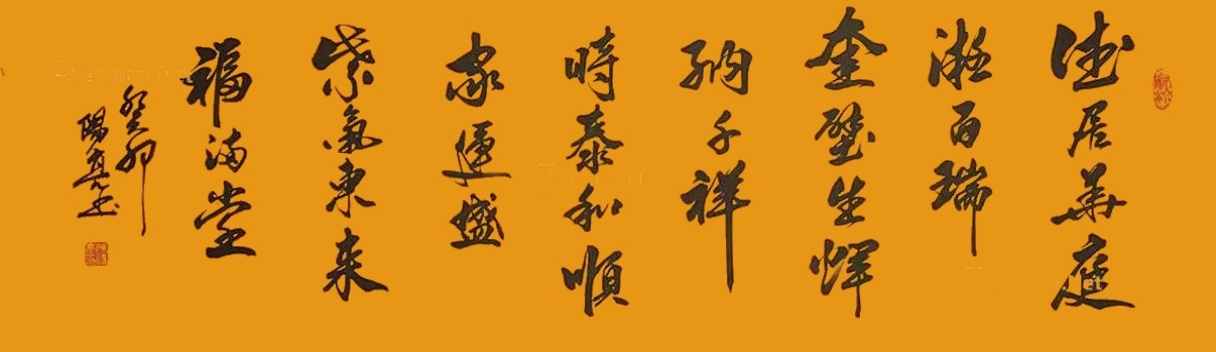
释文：德居华庭凝百瑞，奎壁生辉纳千祥，时泰和顺家运盛，紫气东来福满堂陈阳亮2023年作